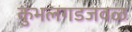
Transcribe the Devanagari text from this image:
कुंभलगडजवळ